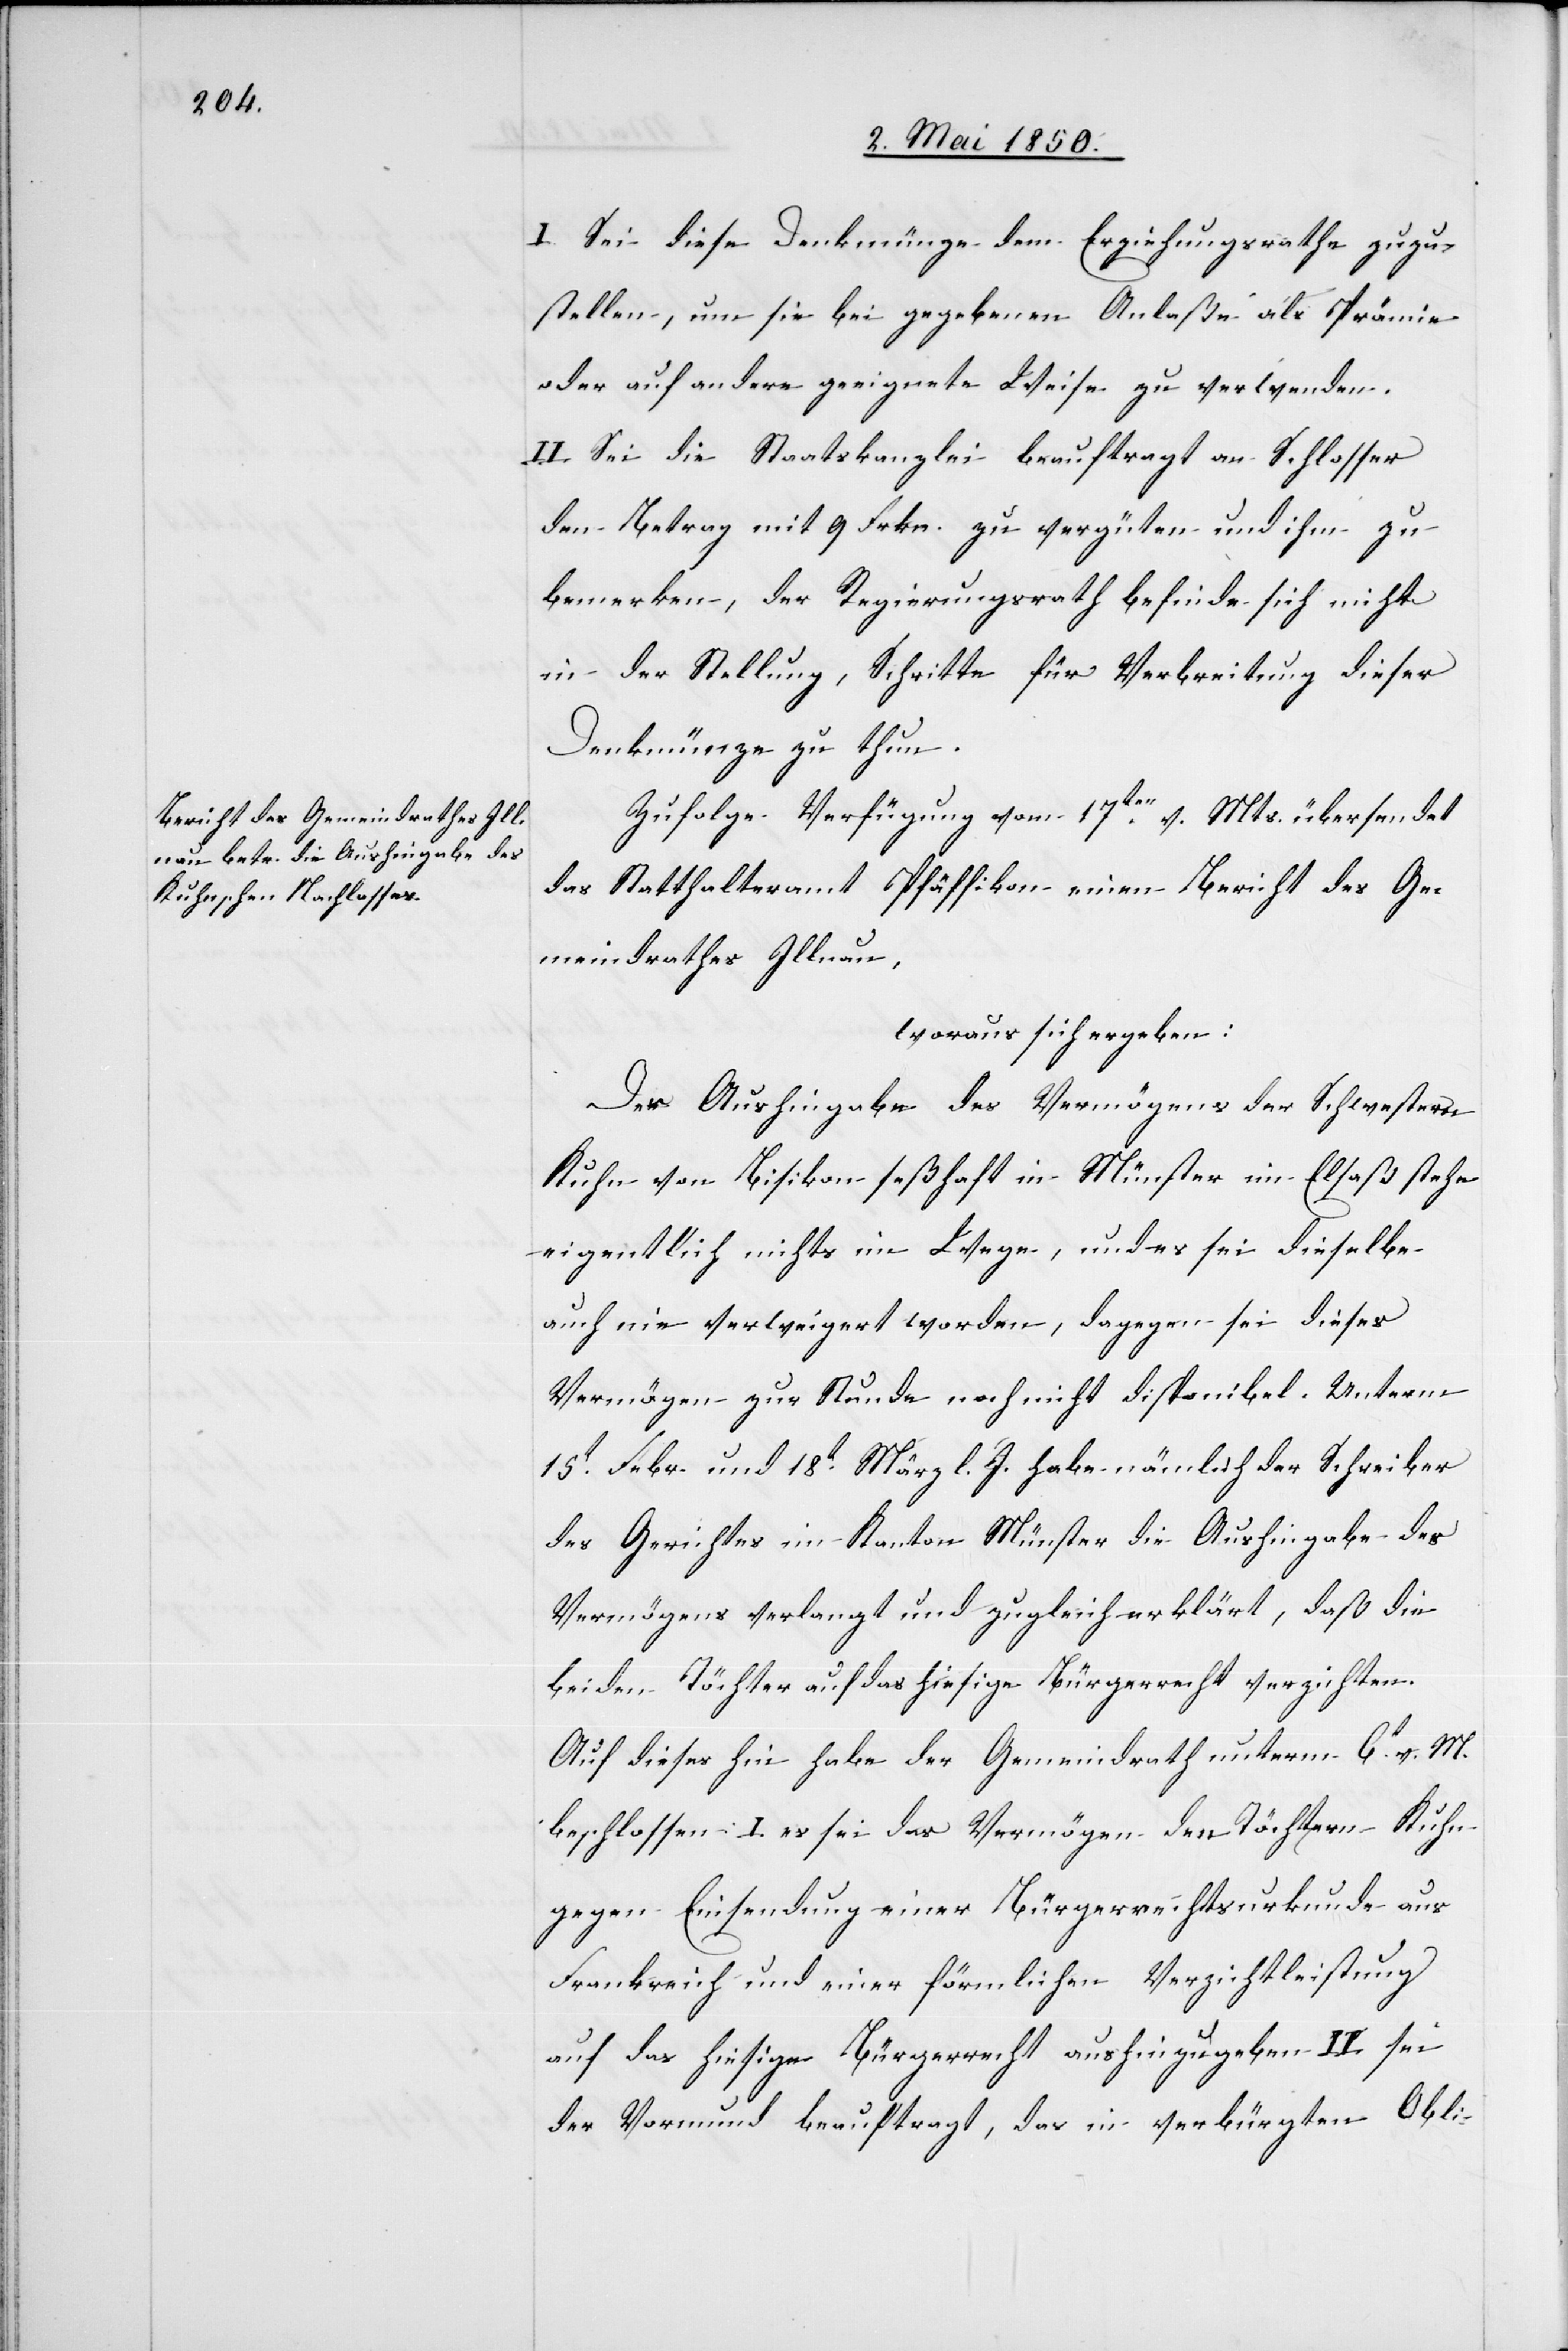
I. Sei diese Denkmünze dem Erziehungsrathe zuzu¬
stellen, um sie bei gegebenen Anlaße als Prämie
oder auf andere geeignete Weise zu verwenden.
II. Sei die Staatskanzlei beauftragt an Schlosser
den Betrag mit 9 Frkn. zu vergüten und ihm zu
bemerken, der Regierungsrath befinde sich nicht
in der Stellung, Schritte für Verbreitung dieser
Denkmünze zu thun.
Zufolge Verfügung vom 17ten v. Mts. übersendet
das Statthalteramt Pfäffikon einen Bericht des Ge¬
meindrathes Illnau,
woraus sich ergeben:
Der Aushingabe des Vermögens der Schwestern
Kuhn von Bisikon seßhaft in Münster im Elsaß stehe
eigentlich nichts im Wege, und es sei dieselbe
auch nie verweigert worden, dagegen sei dieses
Vermögen zur Stunde noch nicht disponibel. Unterm
15t Febr. und 18t März l. J. habe nämlich der Schreiber
des Gerichtes im Kanton Münster die Aushingabe des
Vermögens verlangt und zugleich erklärt, daß die
beiden Töchter auf das hiesige Bürgerrecht verzichten.
Auf dieses hin habe der Gemeindrath unterm 6t v. M.
beschlossen: I. es sei das Vermögen den Töchtern Kuhn
gegen Einsendung einer Bürgerrechtsurkunde aus
Frankreich und einer förmlichen Verzichtleistung
auf das hiesige Bürgerrecht aushinzugeben. II. sei
der Vormund beauftragt, das in verbürgten Obli-